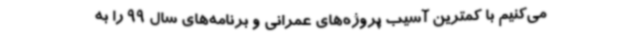
می‌کنیم با کمترین آسیب پروژه‌های عمرانی و برنامه‌های سال 99 را به